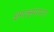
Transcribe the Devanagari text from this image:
क्षमत्क्षमापना